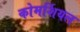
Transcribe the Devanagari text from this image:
कोमर्शियल